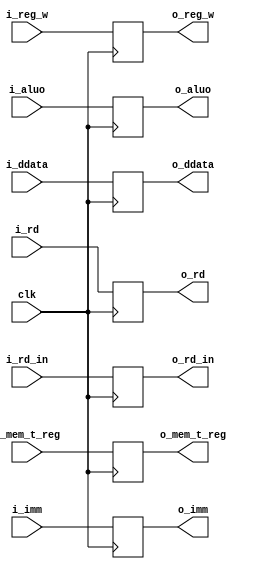
// MEM\WB pipeline register

module memwb( clk, i_ddata, i_aluo, i_rd, i_imm, i_mem_t_reg, i_reg_w, i_rd_in,
			 o_ddata, o_aluo, o_rd, o_imm, o_mem_t_reg, o_reg_w, o_rd_in);

			 input [31:0] i_ddata, i_imm, i_aluo;
			 input [4:0] i_rd;
			 input i_mem_t_reg, i_reg_w, i_rd_in, clk;			 

			 output reg [31:0] o_ddata, o_imm, o_aluo;
			 output reg[4:0] o_rd;
			 output reg o_mem_t_reg, o_reg_w, o_rd_in; 

			 reg mem_t_reg, reg_w, rd_in;

 			 reg [31:0] PC_plus_4, PC_plus_offset, PC_rs1, imm, aluo, ddata;
			 reg [4:0] rd;

 			 always@(*) begin

				o_ddata <= ddata;
				o_rd <= rd;
				o_imm <= imm;
				o_aluo <= aluo;
				
				o_mem_t_reg <= mem_t_reg;
				o_reg_w <= reg_w;
				o_rd_in <= rd_in;

			 end

			 always @ (posedge clk) begin

				ddata <= i_ddata;
				rd <= i_rd;
				imm <= i_imm;
				aluo <= i_aluo;
				
				mem_t_reg <= i_mem_t_reg;
				reg_w <= i_reg_w;
				rd_in <= i_rd_in;

			 end
endmodule